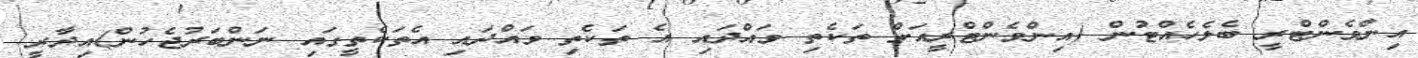
އިންވެންޓްރީ ބެލެހެއްޓުން (އިންވެންޓްރީއަށް ތަކެތި ވައްދައި އެ ތަކެތި ވައްދައި އެތަކެތީގައި ނަންބަރުޖެހުން)އިދާރީ